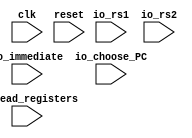
module kav720(
    input clk,
    input reset,
    input [3:0] io_rs1,
    input [3:0] io_rs2,
    input io_read_registers,
    input [31:0] io_immediate,
    input io_choose_PC
    );
    
    reg [31:0] PC;
    
    reg [31:0] registerFile [15:0];
    reg [31:0] rs1;
    reg [31:0] rs2;
    
    always @(posedge clk)begin
        if(io_read_registers)begin
            rs1 <= registerFile[io_rs1];
            rs2 <= registerFile[io_rs2];
        end
    end
    
    //for register register instruction alu_in1-rs1 and alu_in2-rs2
    //for register immediate instruction alu_in1-rs1 and alu_in2-immediate
    //for mov instruction alu_in1-0 and alu_in2-rs2
    //for link instruction alu_in1-PC and alu_in2-0
    //for jum and link instruction alu_in1-PC and alu_in2-0
    
    wire [31:0] alu_in1 = io_choose_PC ? PC : rs1;
    wire [31:0] alu_in2;
endmodule